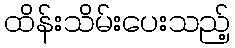
ထိန်းသိမ်းပေးသည့်